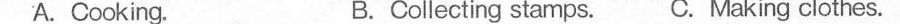
A.Cooking. B. Collecting stamps. C. Making clothes.